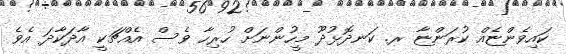
ކައިވެންޏެއް ކުރަންޏާ ރ. ކަނދޮޅުދޫ މީހުންނަށް ހުރިހާ ވެސް އެއްޗަކީ އާދަކާދަ އެވެ